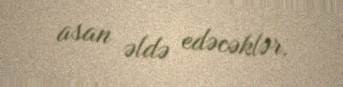
asan əldə edəcəklər.